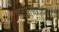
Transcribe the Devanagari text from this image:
भटकेश्वराच्या